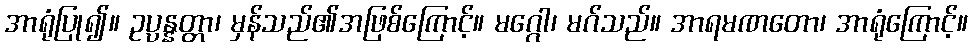
အာရုံပြု၍။ ဥပ္ပန္နတ္တာ၊ မှန်သည်၏အဖြစ်ကြောင့်။ မဂ္ဂေါ၊ မဂ်သည်။ အာရမဏတော၊ အာရုံကြောင့်။